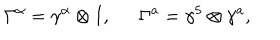
LaTeX: \Gamma ^ { \alpha } = \gamma ^ { \alpha } \otimes I , \ \ \Gamma ^ { a } = \gamma ^ { 5 } \otimes \gamma ^ { a } ,